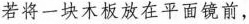
若将一块木板放在平面镜前，